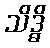
သိဒ္ဓိ